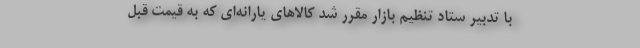
با تدبیر ستاد تنظیم بازار مقرر شد کالاهای یارانه‌ای که به قیمت قبل